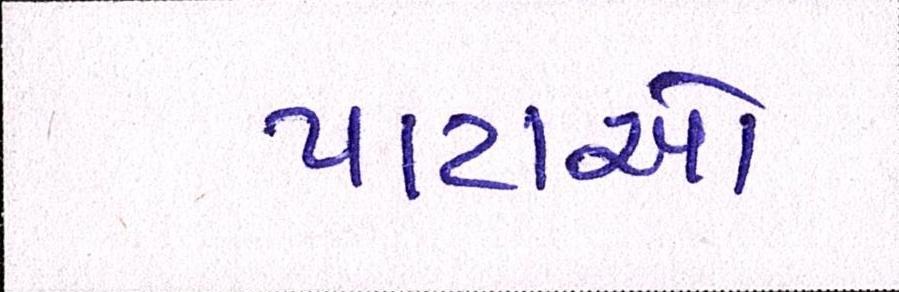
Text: પાટાઓ